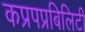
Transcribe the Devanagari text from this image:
कप्रपप्रबिलिटी